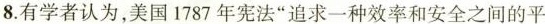
8.有学者认为，美国1787年宪法”追求一种效率和安全之间的平